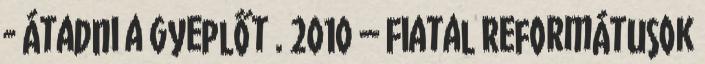
- Átadni a gyeplőt . 2010 – Fiatal Reformátusok